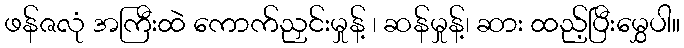
ဖန်ဇလုံ အကြီးထဲ ကောက်ညှင်းမှုန့် ၊ ဆန်မှုန့်၊ ဆား ထည့်ပြီးမွှေပါ။